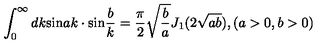
\int _ { 0 } ^ { \infty } d k \mathrm { s i n } a k \cdot \mathrm { s i n } \frac { b } { k } = \frac { \pi } { 2 } \sqrt { \frac { b } { a } } J _ { 1 } ( 2 \sqrt { a b } ) , ( a > 0 , b > 0 )